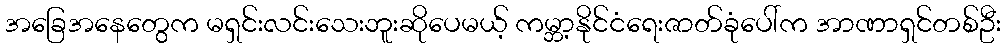
အခြေအနေတွေက မရှင်းလင်းသေးဘူးဆိုပေမယ့် ကမ္ဘာ့နိုင်ငံရေးဇာတ်ခုံပေါ်က အာဏာရှင်တစ်ဦး